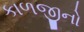
કાળજીનો